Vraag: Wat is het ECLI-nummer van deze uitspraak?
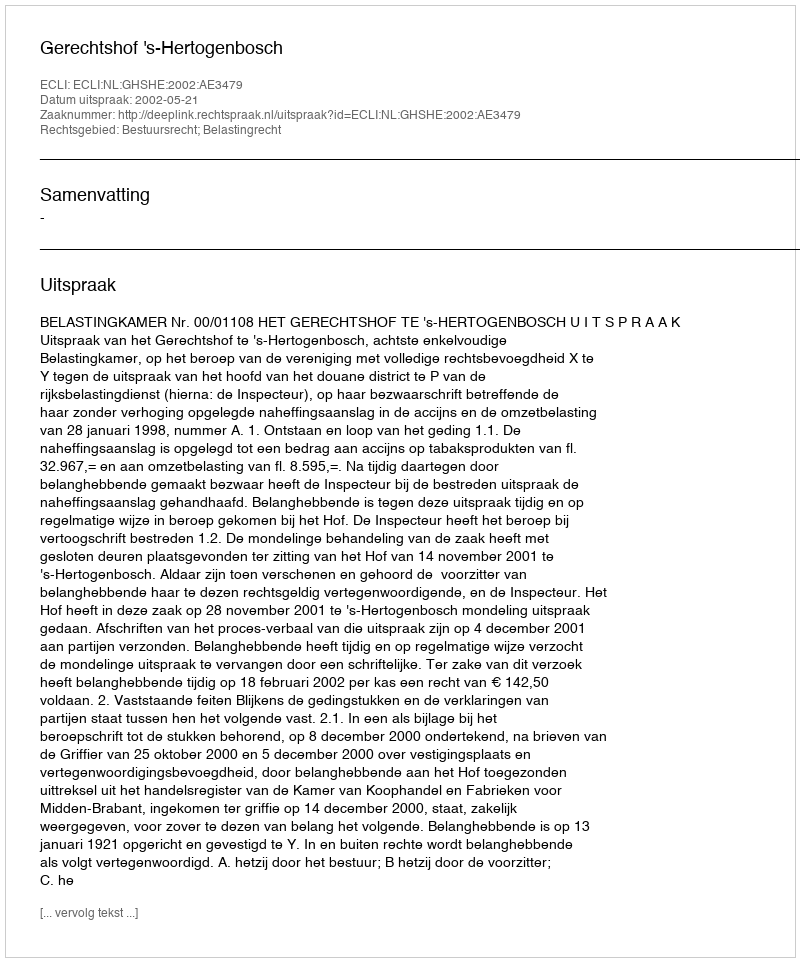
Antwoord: ECLI:NL:GHSHE:2002:AE3479